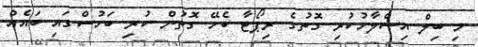
މި ބިލް އިސްލާހުކުރި ގޮތުގެ ރިޕޯޓާ ބެހޭ ގޮތުން ކުރި ބަހުސްގައި ބައެއް